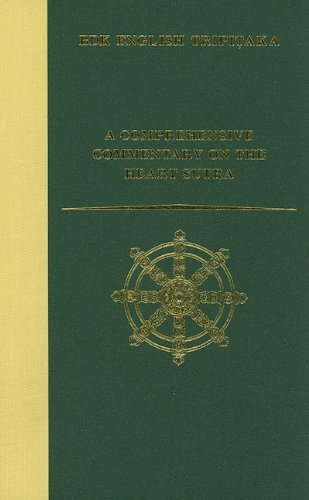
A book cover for A Comprehensive Commentary on the Heart Sutra (BDK English Tripitaka); Numata Center for Buddhist Translation & Research; Religion & Spirituality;